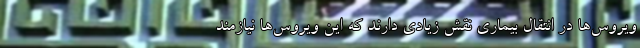
ویروس‌ها در انتقال بیماری نقش زیادی دارند که این ویروس‌ها نیازمند